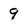
Character: 9